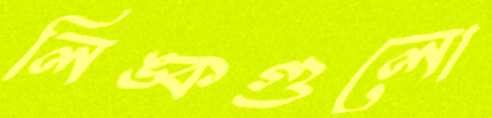
লিঙ্কগুলো